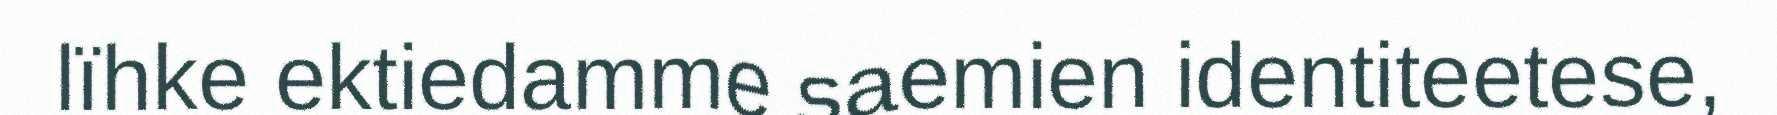
lïhke ektiedamme saemien identiteetese,